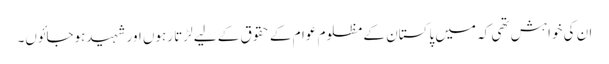
ان کی خواہش تھی کہ میں پاکستان کے مظلوم عوام کے حقوق کے لیے لڑتا رہوں اور شہیدہوجائوں۔